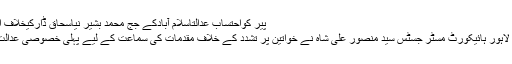
پیر کواحتساب عدالتاسلام آبادکے جج محمد بشیر نیاسحاق ڈارکیخلاف اثاثہ ... مزید
چیف جسٹس لاہور ہائیکورٹ مسٹر جسٹس سید منصور علی شاہ نے خواتین پر تشدد کے خلاف مقدمات کی سماعت کے لیے پہلی خصوصی عدالت قائم کردی۔